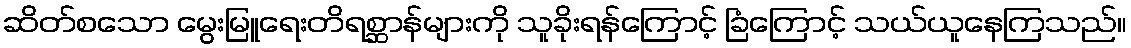
ဆိတ်စသော မွေးမြူရေးတိရစ္ဆာန်များကို သူခိုးရန်ကြောင့် ခြံကြောင့် သယ်ယူနေကြသည်။